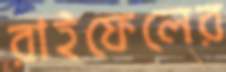
রাইফেলের